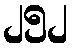
၂၅၂